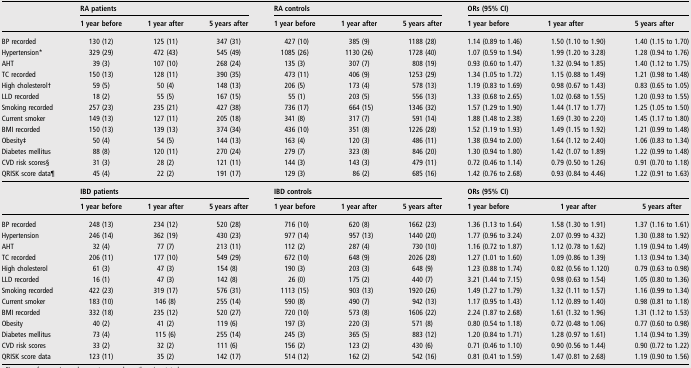
<table><thead><tr><td></td><td colspan="3"><b>RA patients</b></td><td colspan="3"><b>RA controls</b></td><td colspan="3"><b>ORs (95% CI)</b></td></tr><tr><td></td><td><b>1 year before</b></td><td><b>1 year after</b></td><td><b>5 years after</b></td><td><b>1 year before</b></td><td><b>1 year after</b></td><td><b>5 years after</b></td><td><b>1 year before</b></td><td><b>1 year after</b></td><td><b>5 years after</b></td></tr></thead><tbody><tr><td>BP recorded</td><td>130 (12)</td><td>125 (11)</td><td>347 (31)</td><td>427 (10)</td><td>385 (9)</td><td>1188 (28)</td><td>1.14 (0.89 to 1.46)</td><td>1.50 (1.10 to 1.90)</td><td>1.40 (1.15 to 1.70)</td></tr><tr><td>Hypertension*</td><td>329 (29)</td><td>472 (43)</td><td>545 (49)</td><td>1085 (26)</td><td>1130 (26)</td><td>1728 (40)</td><td>1.07 (0.59 to 1.94)</td><td>1.99 (1.20 to 3.28)</td><td>1.28 (0.94 to 1.76)</td></tr><tr><td>AHT</td><td>39 (3)</td><td>107 (10)</td><td>268 (24)</td><td>135 (3)</td><td>307 (7)</td><td>808 (19)</td><td>0.93 (0.60 to 1.47)</td><td>1.32 (0.94 to 1.85)</td><td>1.40 (1.12 to 1.75)</td></tr><tr><td>TC recorded</td><td>150 (13)</td><td>128 (11)</td><td>390 (35)</td><td>473 (11)</td><td>406 (9)</td><td>1253 (29)</td><td>1.34 (1.05 to 1.72)</td><td>1.15 (0.88 to 1.49)</td><td>1.21 (0.98 to 1.48)</td></tr><tr><td>High cholesterol†</td><td>59 (5)</td><td>50 (4)</td><td>148 (13)</td><td>206 (5)</td><td>173 (4)</td><td>578 (13)</td><td>1.19 (0.83 to 1.69)</td><td>0.98 (0.67 to 1.43)</td><td>0.83 (0.65 to 1.05)</td></tr><tr><td>LLD recorded</td><td>18 (2)</td><td>55 (5)</td><td>167 (15)</td><td>55 (1)</td><td>203 (5)</td><td>556 (13)</td><td>1.33 (0.68 to 2.65)</td><td>1.02 (0.68 to 1.55)</td><td>1.20 (0.93 to 1.55)</td></tr><tr><td>Smoking recorded</td><td>257 (23)</td><td>235 (21)</td><td>427 (38)</td><td>736 (17)</td><td>664 (15)</td><td>1346 (32)</td><td>1.57 (1.29 to 1.90)</td><td>1.44 (1.17 to 1.77)</td><td>1.25 (1.05 to 1.50)</td></tr><tr><td>Current smoker</td><td>149 (13)</td><td>127 (11)</td><td>205 (18)</td><td>341 (8)</td><td>317 (7)</td><td>591 (14)</td><td>1.88 (1.48 to 2.38)</td><td>1.69 (1.30 to 2.20)</td><td>1.45 (1.17 to 1.80)</td></tr><tr><td>BMI recorded</td><td>150 (13)</td><td>139 (13)</td><td>374 (34)</td><td>436 (10)</td><td>351 (8)</td><td>1226 (28)</td><td>1.52 (1.19 to 1.93)</td><td>1.49 (1.15 to 1.92)</td><td>1.21 (0.99 to 1.48)</td></tr><tr><td>Obesity‡</td><td>50 (4)</td><td>54 (5)</td><td>144 (13)</td><td>163 (4)</td><td>120 (3)</td><td>486 (11)</td><td>1.38 (0.94 to 2.00)</td><td>1.64 (1.12 to 2.40)</td><td>1.06 (0.83 to 1.34)</td></tr><tr><td>Diabetes mellitus</td><td>88 (8)</td><td>120 (11)</td><td>270 (24)</td><td>279 (7)</td><td>323 (8)</td><td>846 (20)</td><td>1.30 (0.94 to 1.80)</td><td>1.42 (1.07 to 1.89)</td><td>1.22 (0.99 to 1.48)</td></tr><tr><td>CVD risk scores§</td><td>31 (3)</td><td>28 (2)</td><td>121 (11)</td><td>144 (3)</td><td>143 (3)</td><td>479 (11)</td><td>0.72 (0.46 to 1.14)</td><td>0.79 (0.50 to 1.26)</td><td>0.91 (0.70 to 1.18)</td></tr><tr><td>QRISK score data¶</td><td>45 (4)</td><td>22 (2)</td><td>191 (17)</td><td>129 (3)</td><td>86 (2)</td><td>685 (16)</td><td>1.42 (0.76 to 2.68)</td><td>0.93 (0.84 to 4.46)</td><td>1.22 (0.91 to 1.63)</td></tr><tr><td></td><td colspan="3"><b>IBD patients</b></td><td colspan="3"><b>IBD controls</b></td><td colspan="3"><b>ORs (95% CI)</b></td></tr><tr><td></td><td><b>1 year before</b></td><td><b>1 year after</b></td><td><b>5 years after</b></td><td><b>1 year before</b></td><td><b>1 year after</b></td><td><b>5 years after</b></td><td><b>1 year before</b></td><td><b>1 year after</b></td><td><b>5 years after</b></td></tr><tr><td>BP recorded</td><td>248 (13)</td><td>234 (12)</td><td>520 (28)</td><td>716 (10)</td><td>620 (8)</td><td>1662 (23)</td><td>1.36 (1.13 to 1.64)</td><td>1.58 (1.30 to 1.91)</td><td>1.37 (1.16 to 1.61)</td></tr><tr><td>Hypertension</td><td>246 (14)</td><td>362 (19)</td><td>430 (23)</td><td>977 (14)</td><td>957 (13)</td><td>1440 (20)</td><td>1.77 (0.96 to 3.24)</td><td>2.07 (0.99 to 4.32)</td><td>1.30 (0.88 to 1.92)</td></tr><tr><td>AHT</td><td>32 (4)</td><td>77 (7)</td><td>213 (11)</td><td>112 (2)</td><td>287 (4)</td><td>730 (10)</td><td>1.16 (0.72 to 1.87)</td><td>1.12 (0.78 to 1.62)</td><td>1.19 (0.94 to 1.49)</td></tr><tr><td>TC recorded</td><td>206 (11)</td><td>177 (10)</td><td>549 (29)</td><td>672 (10)</td><td>648 (9)</td><td>2026 (28)</td><td>1.27 (1.01 to 1.60)</td><td>1.09 (0.86 to 1.39)</td><td>1.13 (0.94 to 1.34)</td></tr><tr><td>High cholesterol</td><td>61 (3)</td><td>47 (3)</td><td>154 (8)</td><td>190 (3)</td><td>203 (3)</td><td>648 (9)</td><td>1.23 (0.88 to 1.74)</td><td>0.82 (0.56 to 1.120)</td><td>0.79 (0.63 to 0.98)</td></tr><tr><td>LLD recorded</td><td>16 (1)</td><td>47 (3)</td><td>142 (8)</td><td>26 (0)</td><td>175 (2)</td><td>440 (7)</td><td>3.21 (1.44 to 7.15)</td><td>0.98 (0.63 to 1.54)</td><td>1.05 (0.80 to 1.36)</td></tr><tr><td>Smoking recorded</td><td>422 (23)</td><td>319 (17)</td><td>576 (31)</td><td>1113 (15)</td><td>903 (13)</td><td>1920 (26)</td><td>1.49 (1.27 to 1.79)</td><td>1.32 (1.11 to 1.57)</td><td>1.16 (0.99 to 1.34)</td></tr><tr><td>Current smoker</td><td>183 (10)</td><td>146 (8)</td><td>255 (14)</td><td>590 (8)</td><td>490 (7)</td><td>942 (13)</td><td>1.17 (0.95 to 1.43)</td><td>1.12 (0.89 to 1.40)</td><td>0.98 (0.81 to 1.18)</td></tr><tr><td>BMI recorded</td><td>332 (18)</td><td>235 (12)</td><td>520 (27)</td><td>720 (10)</td><td>573 (8)</td><td>1606 (22)</td><td>2.24 (1.87 to 2.68)</td><td>1.61 (1.32 to 1.96)</td><td>1.31 (1.12 to 1.53)</td></tr><tr><td>Obesity</td><td>40 (2)</td><td>41 (2)</td><td>119 (6)</td><td>197 (3)</td><td>220 (3)</td><td>571 (8)</td><td>0.80 (0.54 to 1.18)</td><td>0.72 (0.48 to 1.06)</td><td>0.77 (0.60 to 0.98)</td></tr><tr><td>Diabetes mellitus</td><td>73 (4)</td><td>115 (6)</td><td>255 (14)</td><td>245 (3)</td><td>365 (5)</td><td>883 (12)</td><td>1.20 (0.84 to 1.71)</td><td>1.28 (0.97 to 1.61)</td><td>1.14 (0.94 to 1.39)</td></tr><tr><td>CVD risk scores</td><td>33 (2)</td><td>32 (2)</td><td>111 (6)</td><td>156 (2)</td><td>123 (2)</td><td>430 (6)</td><td>0.71 (0.46 to 1.10)</td><td>0.90 (0.56 to 1.44)</td><td>0.90 (0.72 to 1.22)</td></tr><tr><td>QRISK score data</td><td>123 (11)</td><td>35 (2)</td><td>142 (17)</td><td>514 (12)</td><td>162 (2)</td><td>542 (16)</td><td>0.81 (0.41 to 1.59)</td><td>1.47 (0.81 to 2.68)</td><td>1.19 (0.90 to 1.56)</td></tr></tbody></table>